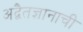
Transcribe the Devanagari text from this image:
अद्वैतज्ञानाची